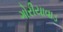
ગોરીયાવાડ